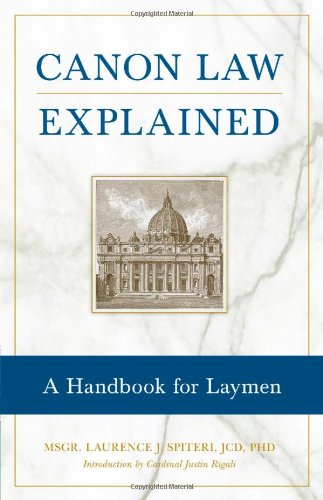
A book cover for Canon Law Explained; Msgr. Laurence J. Spiteri; Christian Books & Bibles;